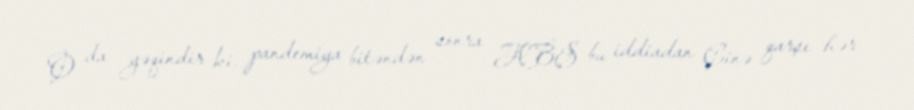
O da yəqindir ki, pandemiya bitəndən sonra ABŞ bu iddiadan Çinə qarşı hər